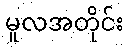
မူလအတိုင်း